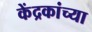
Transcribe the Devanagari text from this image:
केंद्रकांच्या